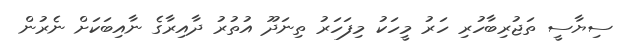
ސިޔާސީ ތަޖުރިބާހުރި ހަރު މީހަކު މިފަހަރު ތިނަދޫ އުތުރު ދާއިރާގެ ނާއިބަކަށް ނެރުން